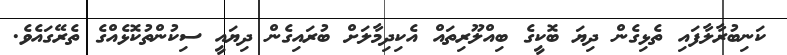
ކަނިބުރާލާފައި ތެޅިގެން ދިޔަ ބޮކީގެ ބިއްލޫރިތައް އެކިދިމާލަށް ބުރައިގެން ދިޔައީ ސިކުންތުކޮޅެއްގެ ތެރޭގައެވެ.